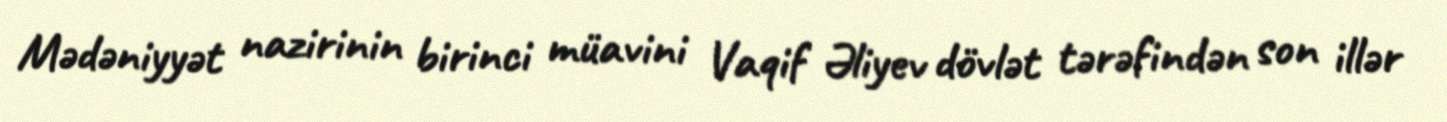
Mədəniyyət nazirinin birinci müavini Vaqif Əliyev dövlət tərəfindən son illər